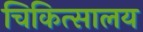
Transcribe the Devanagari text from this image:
चिकित्‍सालय